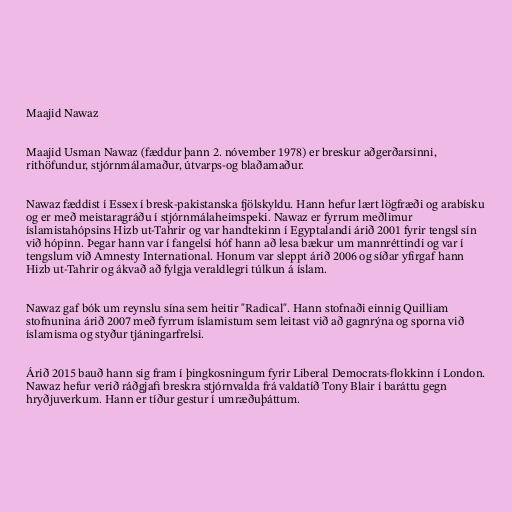
Maajid Nawaz

Maajid Usman Nawaz (fæddur þann 2. nóvember 1978) er breskur aðgerðarsinni,
rithöfundur, stjórnmálamaður, útvarps-og blaðamaður.

Nawaz fæddist í Essex í bresk-pakistanska fjölskyldu. Hann hefur lært lögfræði og arabísku
og er með meistaragráðu í stjórnmálaheimspeki. Nawaz er fyrrum meðlimur
íslamistahópsins Hizb ut-Tahrir og var handtekinn í Egyptalandi árið 2001 fyrir tengsl sín
við hópinn. Þegar hann var í fangelsi hóf hann að lesa bækur um mannréttindi og var í
tengslum við Amnesty International. Honum var sleppt árið 2006 og síðar yfirgaf hann
Hizb ut-Tahrir og ákvað að fylgja veraldlegri túlkun á íslam.

Nawaz gaf bók um reynslu sína sem heitir "Radical". Hann stofnaði einnig Quilliam
stofnunina árið 2007 með fyrrum íslamistum sem leitast við að gagnrýna og sporna við
íslamisma og styður tjáningarfrelsi.

Árið 2015 bauð hann sig fram í þingkosningum fyrir Liberal Democrats-flokkinn í London.
Nawaz hefur verið ráðgjafi breskra stjórnvalda frá valdatíð Tony Blair í baráttu gegn
hryðjuverkum. Hann er tíður gestur í umræðuþáttum.